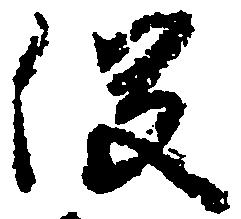
役